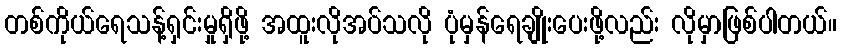
တစ်ကိုယ်ရေသန့်ရှင်းမှုရှိဖို့ အထူးလိုအပ်သလို ပုံမှန်ရေချိုးပေးဖို့လည်း လိုမှာဖြစ်ပါတယ်။